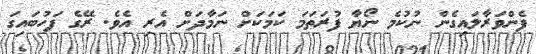
ފެންވަރާލައިގެން ނުކުމެ ނޯޔާ ފުރަތަމަ ކަމަކަށް ނަމާދަށް އެރި އެވެ. ރޭގެ ފަހުބައިގަ